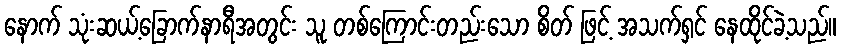
နောက် သုံးဆယ့်ခြောက်နာရီအတွင်း သူ တစ်ကြောင်းတည်းသော စိတ် ဖြင့် အသက်ရှင် နေထိုင်ခဲ့သည်။